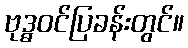
ဗုဒ္ဓဝင်ပြခန်းတွင်။